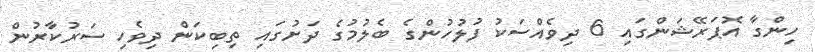
ހިންގާ އޮޕަރޭޝަންގައި 6 ދިވެއްސަކު ފުލުހުންގެ ބެލުމުގެ ދަށުގައި ތިބިކަން ދިވެހި ސަރުކާރުން